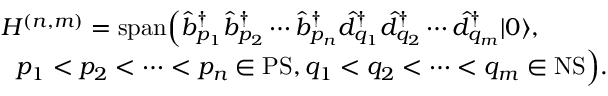
\begin{array} { r } { { \cal H } ^ { ( n , m ) } = \mathrm { s p a n } \Bigl ( \hat { b } _ { p _ { 1 } } ^ { \dagger } \hat { b } _ { p _ { 2 } } ^ { \dagger } \cdots \hat { b } _ { p _ { n } } ^ { \dagger } \hat { d } _ { q _ { 1 } } ^ { \dagger } \hat { d } _ { q _ { 2 } } ^ { \dagger } \cdots \hat { d } _ { q _ { m } } ^ { \dagger } \ensuremath { \vert 0 \rangle } , \phantom { x x x x } } \\ { p _ { 1 } < p _ { 2 } < \cdots < p _ { n } \in \ensuremath { \mathrm { P S } } , q _ { 1 } < q _ { 2 } < \cdots < q _ { m } \in \ensuremath { \mathrm { N S } } \Bigl ) . } \end{array}